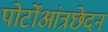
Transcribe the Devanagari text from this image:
पोर्टोआंत्रछेदन